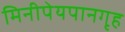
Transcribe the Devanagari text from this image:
मिनीपेयपानगृह